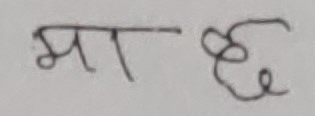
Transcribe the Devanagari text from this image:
मा छ